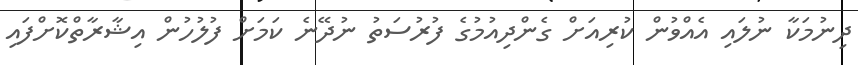
ދިނުމަކާ ނުލައި އެއްވުން ކުރިއަށް ގެންދިއުމުގެ ފުރުސަތު ނުދޭނެ ކަމަށް ފުލުހުން އިޝާރާތްކޮށްފައި